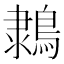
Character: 𪂩